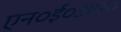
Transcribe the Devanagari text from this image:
एन०ई०आर०